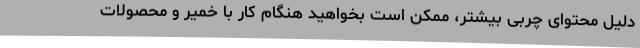
دلیل محتوای چربی بیشتر، ممکن است بخواهید هنگام کار با خمیر و محصولات